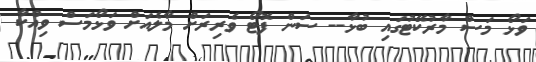
ވަޅޯ މަސް މާރުކޭޓުގައި ބުޅާ-- ސަން ފޮޓޯ ވެރިރަށް މާލެއަށް ވަޅޯމަސް ވިއްކާ